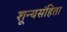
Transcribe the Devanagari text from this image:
शून्यसंहिता